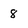
Character: 8